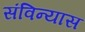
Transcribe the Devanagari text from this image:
संविन्यास